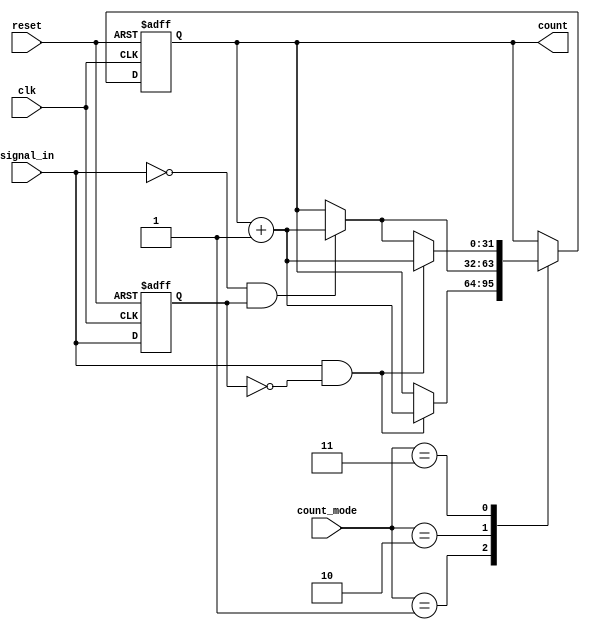
module edge_counter (
    input wire clk,
    input wire reset,
    input wire signal_in,
    input wire [1:0] count_mode, // 00: Count none, 01: Count rising, 10: Count falling, 11: Count both
    output reg [31:0] count // Counter width of 32 bits
);

    reg signal_in_prev; // Previous state of the input signal

    // Asynchronous reset and edge detection on clock edge
    always @(posedge clk or posedge reset) begin
        if (reset) begin
            count <= 32'b0; // Reset count to zero
            signal_in_prev <= 1'b0; // Initialize previous state
        end else begin
            // Edge detection logic
            case (count_mode)
                2'b01: // Count rising edges
                    if (signal_in && !signal_in_prev) begin
                        count <= count + 1; // Increment count on rising edge
                    end
                2'b10: // Count falling edges
                    if (!signal_in && signal_in_prev) begin
                        count <= count + 1; // Increment count on falling edge
                    end
                2'b11: // Count both rising and falling edges
                    if (signal_in && !signal_in_prev) begin
                        count <= count + 1; // Increment count on rising edge
                    end else if (!signal_in && signal_in_prev) begin
                        count <= count + 1; // Increment count on falling edge
                    end
                default: begin
                    // Do nothing if count_mode is 00
                end
            endcase
            
            // Update previous state
            signal_in_prev <= signal_in;
        end
    end

endmodule